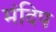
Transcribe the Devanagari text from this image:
मंदिप